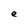
Character: e